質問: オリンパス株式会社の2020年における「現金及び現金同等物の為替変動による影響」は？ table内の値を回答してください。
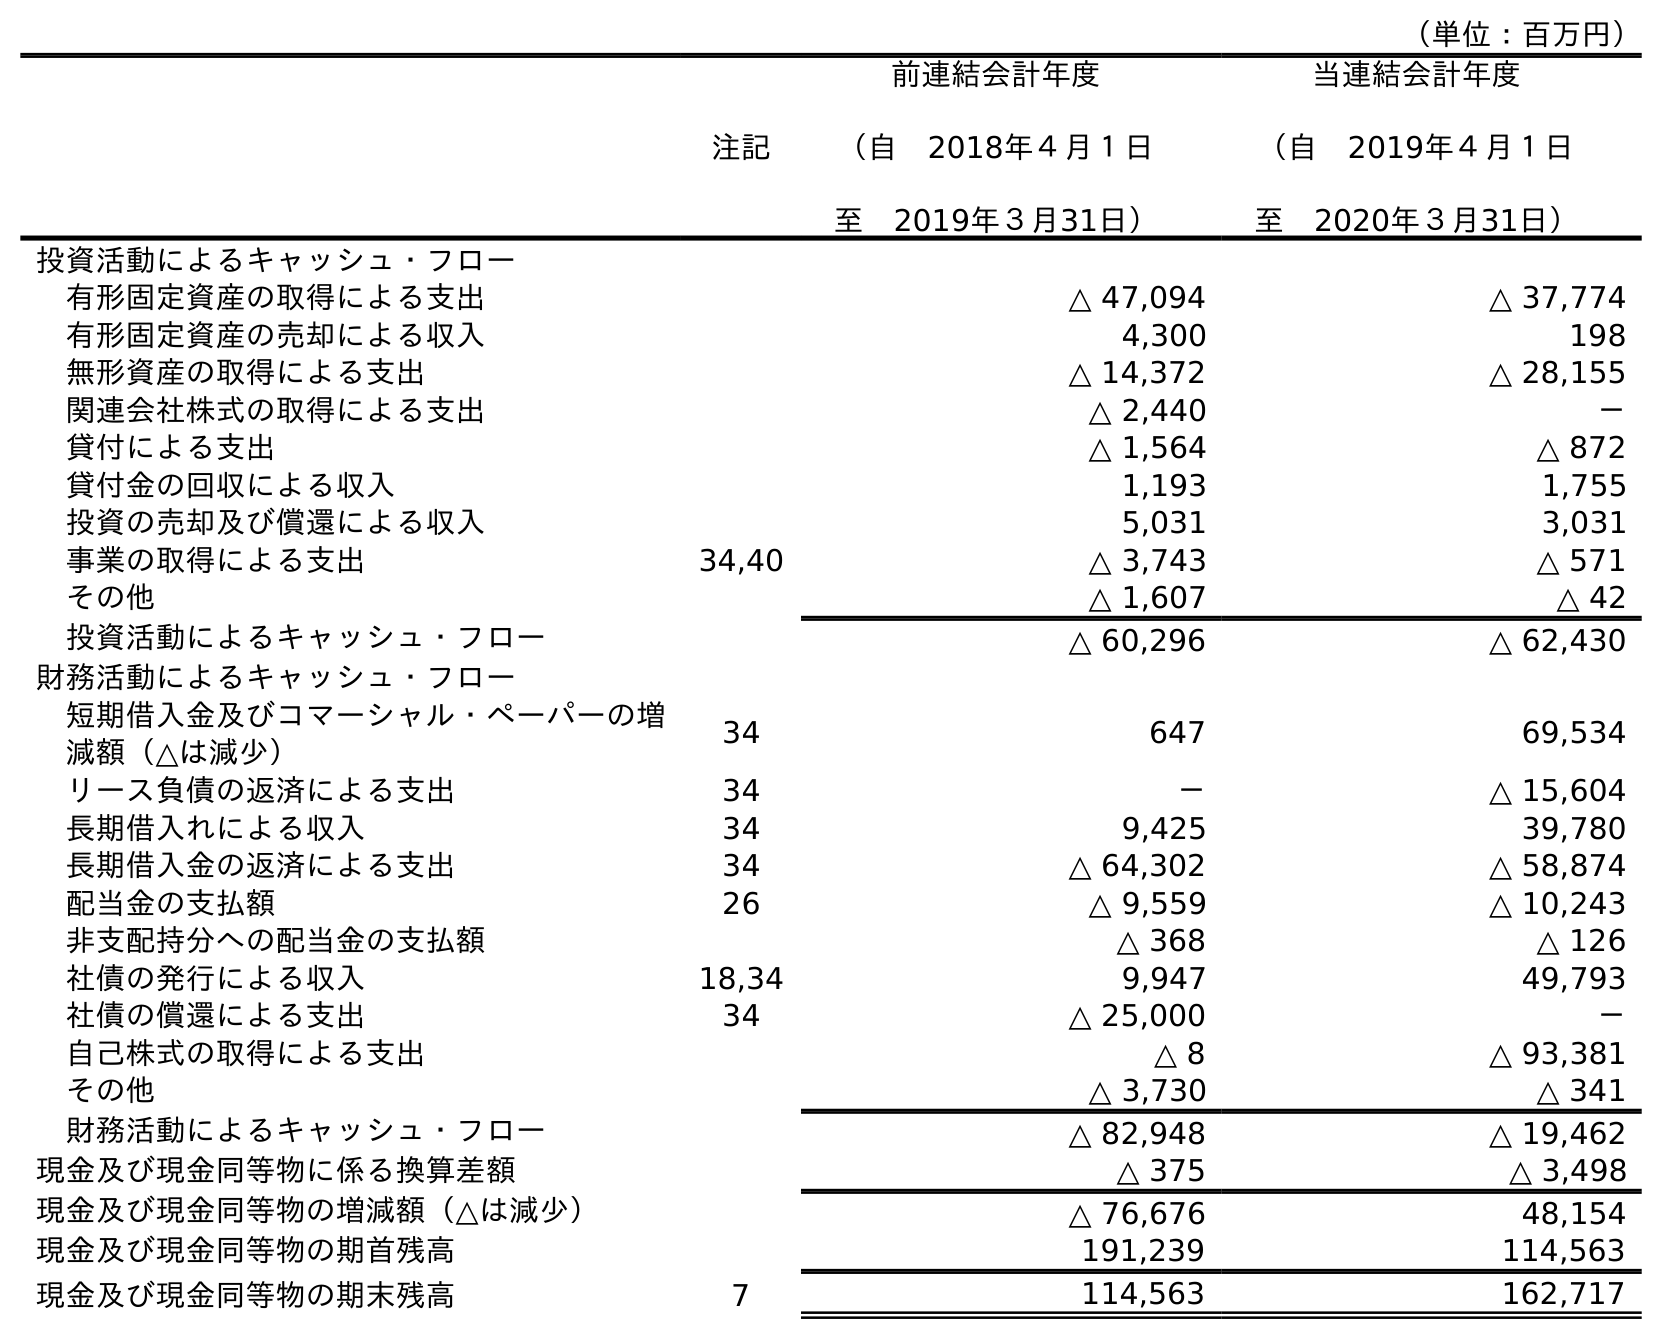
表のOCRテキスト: （単位：百万円） 注記 前連結会計年度 （自 2018年４月１日 至 2019年３月31日） 当連結会計年度 （自 2019年４月１日 至 2020年３月31日） 投資活動によるキャッシュ・フロー 有形固定資産の取得による支出 △ 47,094 △ 37,774 有形固定資産の売却による収入 4,300 198 無形資産の取得による支出 △ 14,372 △ 28,155 関連会社株式の取得による支出 △ 2,440 － 貸付による支出 △ 1,564 △ 872 貸付金の回収による収入 1,193 1,755 投資の売却及び償還による収入 5,031 3,031 事業の取得による支出 34,40 △ 3,743 △ 571 その他 △ 1,607 △ 42 投資活動によるキャッシュ・フロー △ 60,296 △ 62,430 財務活動によるキャッシュ・フロー 短期借入金及びコマーシャル・ペーパーの増 減額（△は減少） 34 647 69,534 リース負債の返済による支出 34 － △ 15,604 長期借入れによる収入 34 9,425 39,780 長期借入金の返済による支出 34 △ 64,302 △ 58,874 配当金の支払額 26 △ 9,559 △ 10,243 非支配持分への配当金の支払額 △ 368 △ 126 社債の発行による収入 18,34 9,947 49,793 社債の償還による支出 34 △ 25,000 － 自己株式の取得による支出 △ 8 △ 93,381 その他 △ 3,730 △ 341 財務活動によるキャッシュ・フロー △ 82,948 △ 19,462 現金及び現金同等物に係る換算差額 △ 375 △ 3,498 現金及び現金同等物の増減額（△は減少） △ 76,676 48,154 現金及び現金同等物の期首残高 191,239 114,563 現金及び現金同等物の期末残高 7 114,563 162,717
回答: △3,498